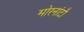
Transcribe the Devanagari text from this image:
मोरनांटौ